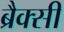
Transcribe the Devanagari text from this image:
ब्रैक्सी